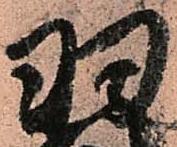
羽